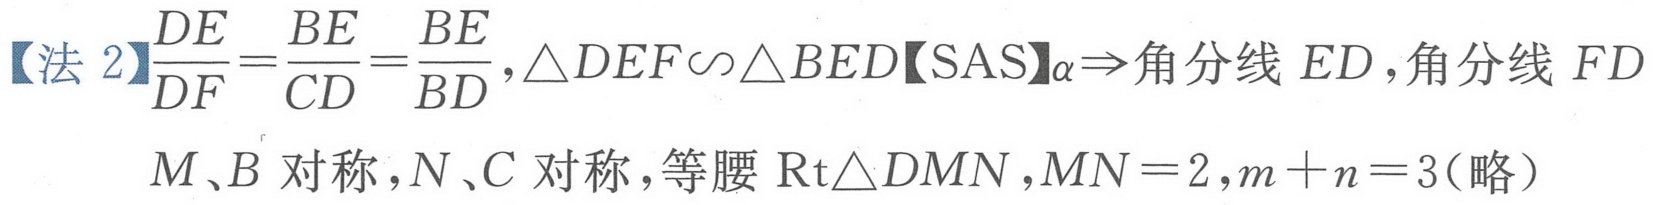
【法2】\(\frac{DE}{DF}=\frac{BE}{CD}=\frac{BE}{BD}\)，\(\triangle DEF\backsim\triangle BED\)【SAS】\(\alpha\Rightarrow\)角分线 \(ED\)，角分线 \(FD\)
\(M、B\)对称，\(N、C\)对称，等腰\(\text{Rt}\triangle DMN\)，\(MN = 2\)，\(m + n = 3\)（略）